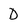
Character: D